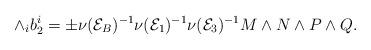
LaTeX: \begin{align*}\wedge_{i}b_2^i = \pm \nu(\mathcal{E}_B)^{-1}\nu(\mathcal{E}_1)^{-1}\nu(\mathcal{E}_3)^{-1}M\wedge N \wedge P \wedge Q.\end{align*}